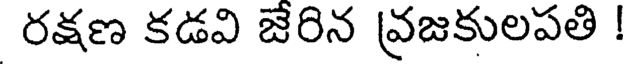
రక్షణ కడవి జేరిన వ్రజకులపతి !